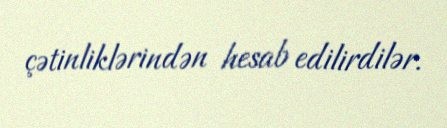
çətinliklərindən hesab edilirdilər.